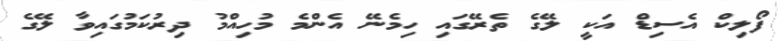
ފޯލިކް އެސިޑް އަކީ ލޭގެ ތެރޭގައި ހިމެނޭ އެންމެ މުހިއްމު ދިރުކަމުގައިވާ ލޭގެ